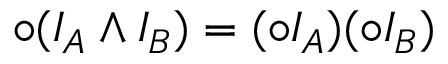
\circ ( I _ { A } \wedge I _ { B } ) = ( \circ I _ { A } ) ( \circ I _ { B } )